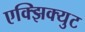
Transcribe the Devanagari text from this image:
एक्झिक्युट